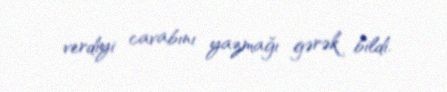
verdiyi cavabını yazmağı gərək bildi.